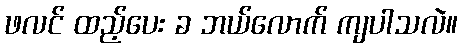
ဖလင် ထည့်ပေး ခ ဘယ်လောက် ကျပါသလဲ။